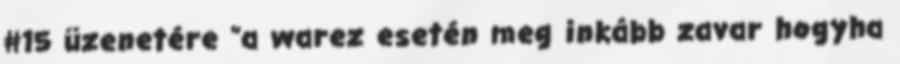
#15 üzenetére "a warez esetén meg inkább zavar hogyha